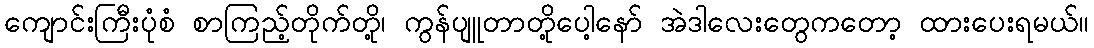
ကျောင်းကြီးပုံစံ စာကြည့်တိုက်တို့၊ ကွန်ပျူတာတို့ပေါ့နော် အဲဒါလေးတွေကတော့ ထားပေးရမယ်။